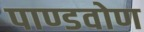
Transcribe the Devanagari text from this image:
पाण्डवोण